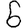
Digit: 6